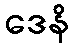
ဒေနိ